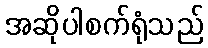
အဆိုပါစက်ရုံသည်